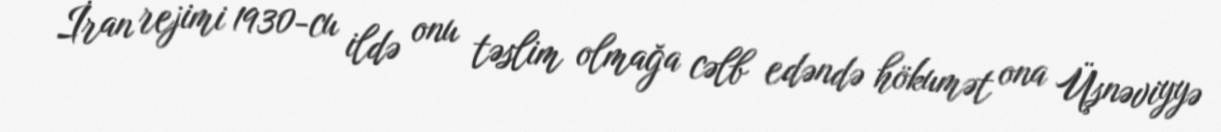
İran rejimi 1930-cu ildə onu təslim olmağa cəlb edəndə hökumət ona Üşnəviyyə